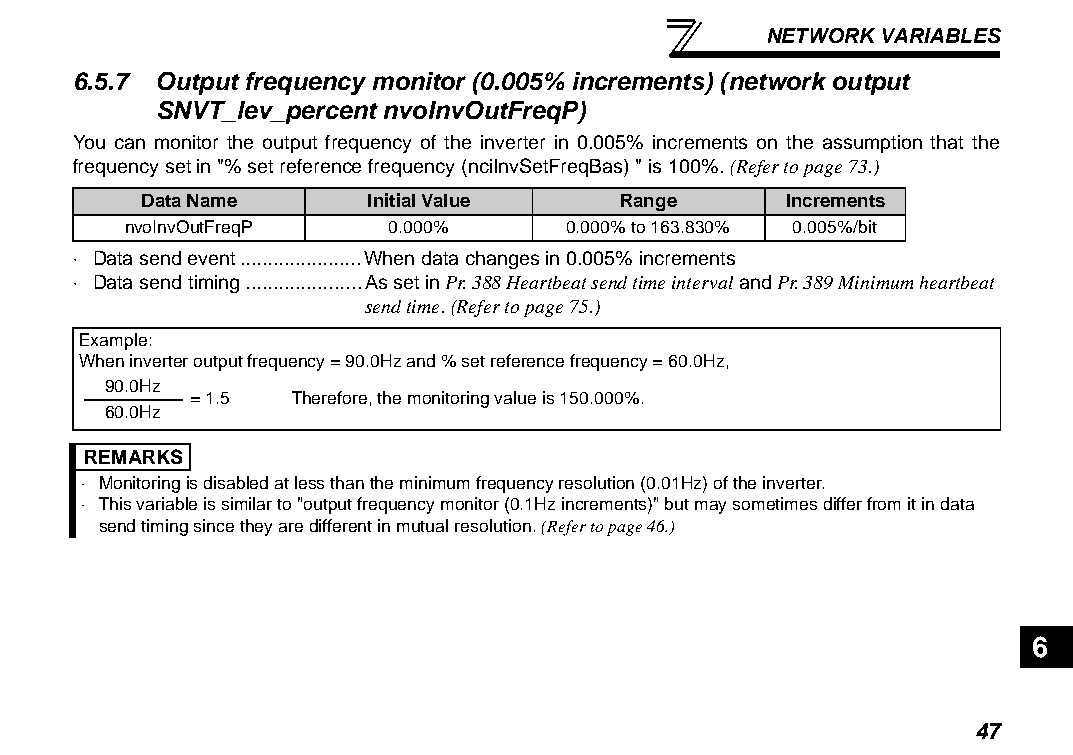
NETWORK VARIABLES
 6.5.7 Output frequency monitor (0.005% increments) (network output
 SNVT_lev_percent nvoInvOutFreqP)
 You can monitor the output frequency of the inverter in 0.005% increments on the assumption that the
 frequency set in "% set reference frequency (nciInvSetFreqBas) " is 100%. (Refer to page 73.)
 Data Name      Initial Value    Range      Increments
 nvoInvOutFreqP   0.000%      0.000% to 163.830% 0.005%/bit
 ⋅ Data send event......................When data changes in 0.005% increments
 ⋅ Data send timing.....................As set in Pr. 388 Heartbeat send time interval and Pr. 389 Minimum heartbeat
 send time. (Refer to page 75.)
 Example:
 When inverter output frequency = 90.0Hz and % set reference frequency = 60.0Hz,
 90.0Hz
 = 1.5  Therefore, the monitoring value is 150.000%.
 60.0Hz
 REMARKS
 ⋅ Monitoring is disabled at less than the minimum frequency resolution (0.01Hz) of the inverter.
 ⋅ This variable is similar to "output frequency monitor (0.1Hz increments)" but may sometimes differ from it in data
 send timing since they are different in mutual resolution. (Refer to page 46.)
 6
 47